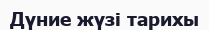
Дүние жүзі тарихы